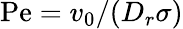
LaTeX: \mathrm{Pe}=v_{0}/(D_{r}\sigma)